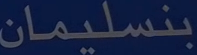
بنسليمان